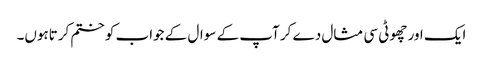
ایک اور چھوٹی سی مثال دے کر آپ کے سوال کے جواب کو ختم کرتاہوں۔